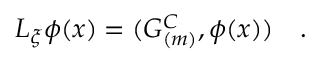
{ \cal L } _ { \xi } \phi ( x ) = ( { \cal G } _ { ( m ) } ^ { C } , \phi ( x ) ) ~ ~ ~ .